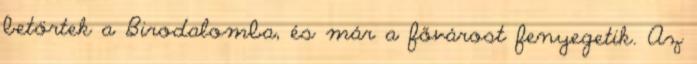
betörtek a Birodalomba, és már a fővárost fenyegetik. Az